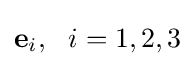
\mathbf {e} _{i},~~i=1,2,3